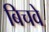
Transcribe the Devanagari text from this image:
बिचवे